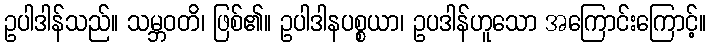
ဥပါဒါန်သည်။ သမ္ဘဝတိ၊ ဖြစ်၏။ ဥပါဒါနပစ္စယာ၊ ဥပဒါန်ဟူသော အကြောင်းကြောင့်။